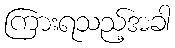
ကြားရသည့်အခါ